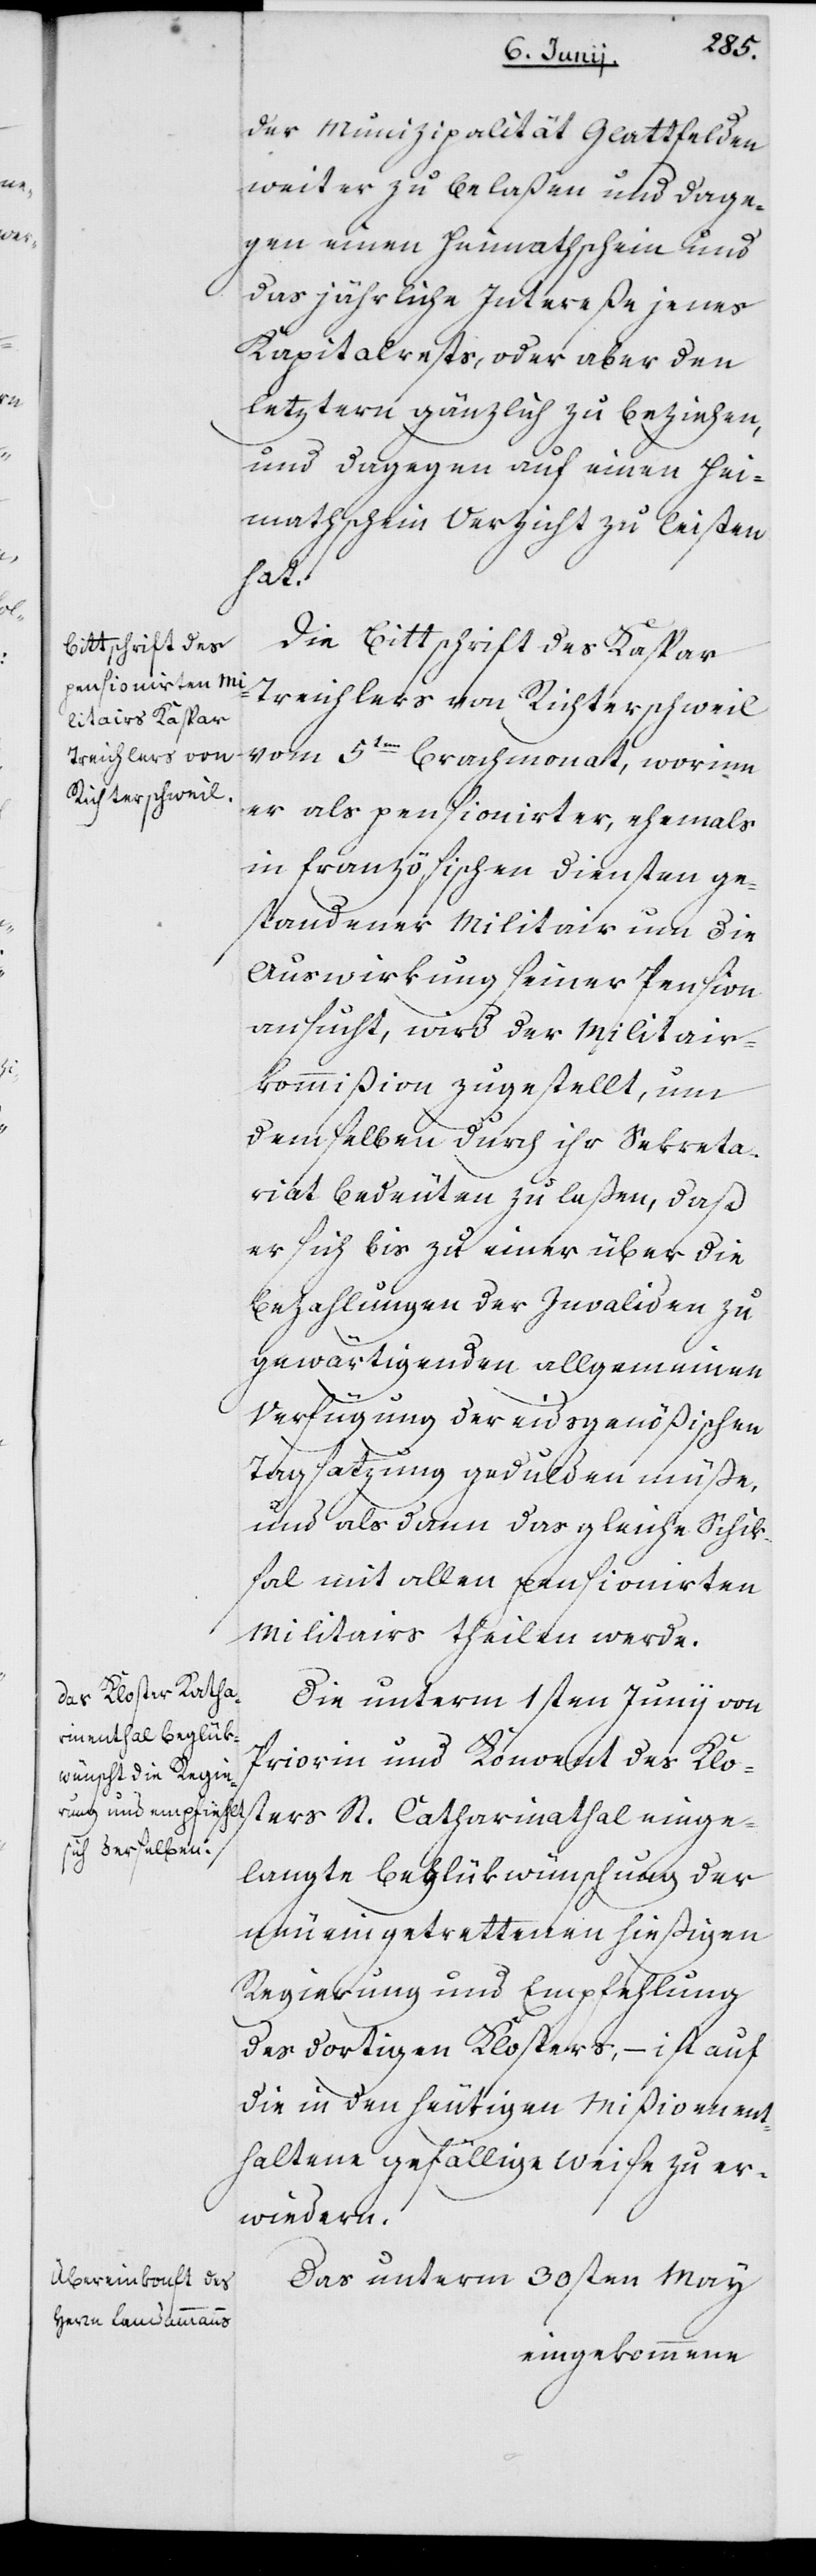
der Munizipalität Glattfelden
weiter zu belaßen und dage¬
gen einen Heimathschein und
das jährliche Intereße jenes
Kapitalrests, oder aber den
letztern gänzlich zu beziehen,
und dagegen auf einen Hei¬
mathschein Verzicht zu leisten
hat.
Die Bittschrift des Kaspar
Treichlers von Richterschweil
vom 5ten Brachmonat, worinn
er als pensionirter, ehemals
in französischen Diensten ge¬
standener Militair um die
Auswirkung seiner Pension
ansucht, wird der Militair¬
kommißion zugestellt, um
demselben durch ihr Sekreta¬
riat bedeuten zu laßen, daß
er sich bis zu einer über die
Bezahlungen der Invaliden zu
gewärtigenden allgemeinen
Verfügung der eidsgenößischen
Tagsatzung gedulden müße,
und als dann das gleiche Schik¬
sal mit allen pensionierten
Militairs theilen werde.
Die unterm 1sten Junij von
Priorin und Konvent des Klos¬
ters St. Catharinathal einge¬
langte Beglükwünschung der
neu eingetrettenen hießigen
Regierung und Empfehlung
des dortigen Klosters, – ist auf
die in den heutigen Mißiven ent¬
haltene gefällige Weise zu er¬
wiedern.
Das unterm 30sten May